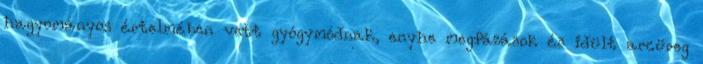
hagyományos értelmében vett gyógymódnak, enyhe megfázások és idült arcüreg